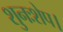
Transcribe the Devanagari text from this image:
शुनःशेप।